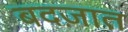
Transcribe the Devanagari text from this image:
बदज़ात